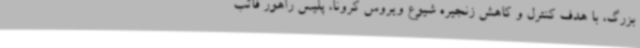
بزرگ، با هدف کنترل و کاهش زنجیره شیوع ویروس کرونا، پلیس راهور فاتب